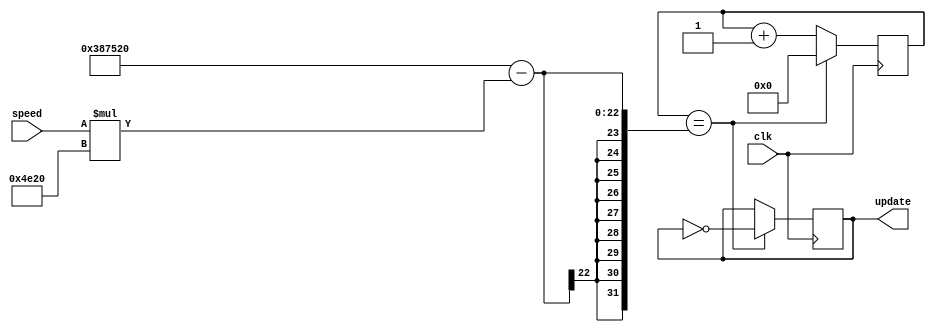
module update_clk(input clk,
						input [6:0] speed,
						output reg update);
						
	reg [21:0] counter=0;
	wire [21:0] counter_stop=3700000;

	always@(posedge clk)
	begin
	
		counter <= counter+1;
		
		if(counter == counter_stop-(speed*20000))
		begin
		
			update <= ~update;
			counter <= 0;
			
		end
	end
	
endmodule